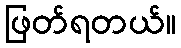
ဖြတ်ရတယ်။